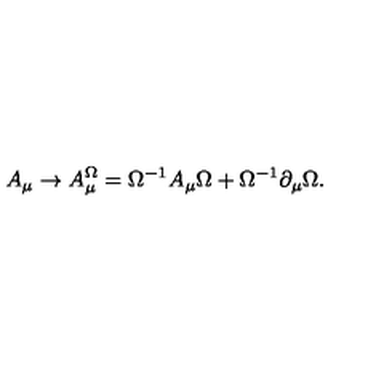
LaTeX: A _ { \mu } \to A _ { \mu } ^ { \Omega } = \Omega ^ { - 1 } A _ { \mu } \Omega + \Omega ^ { - 1 } \partial _ { \mu } \Omega .